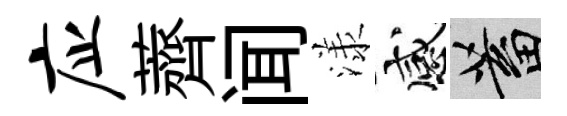
应薺闻漾感蓄